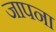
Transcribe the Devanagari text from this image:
जापना